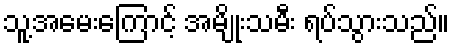
သူ့အမေးကြောင့် အမျိုးသမီး ရပ်သွားသည်။